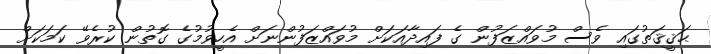
ޙަޤީޤަތުގައި ވެސް މުވައްޒަފުން ގެ ފައިދާއަކަށް މުވައްޒަފުންނަށް އެހީވުމުގެ ގޮތުން ކުރެވޭ ކަމަކަށް